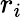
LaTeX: r_{i}